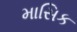
માસિક